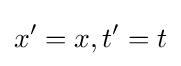
x'=x,t'=t